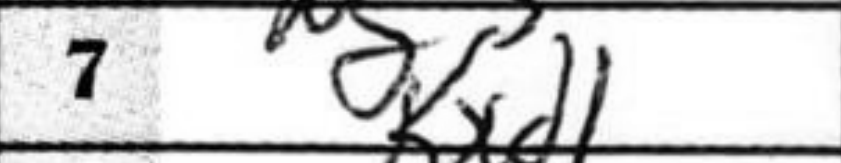
Transcription: Kxd1